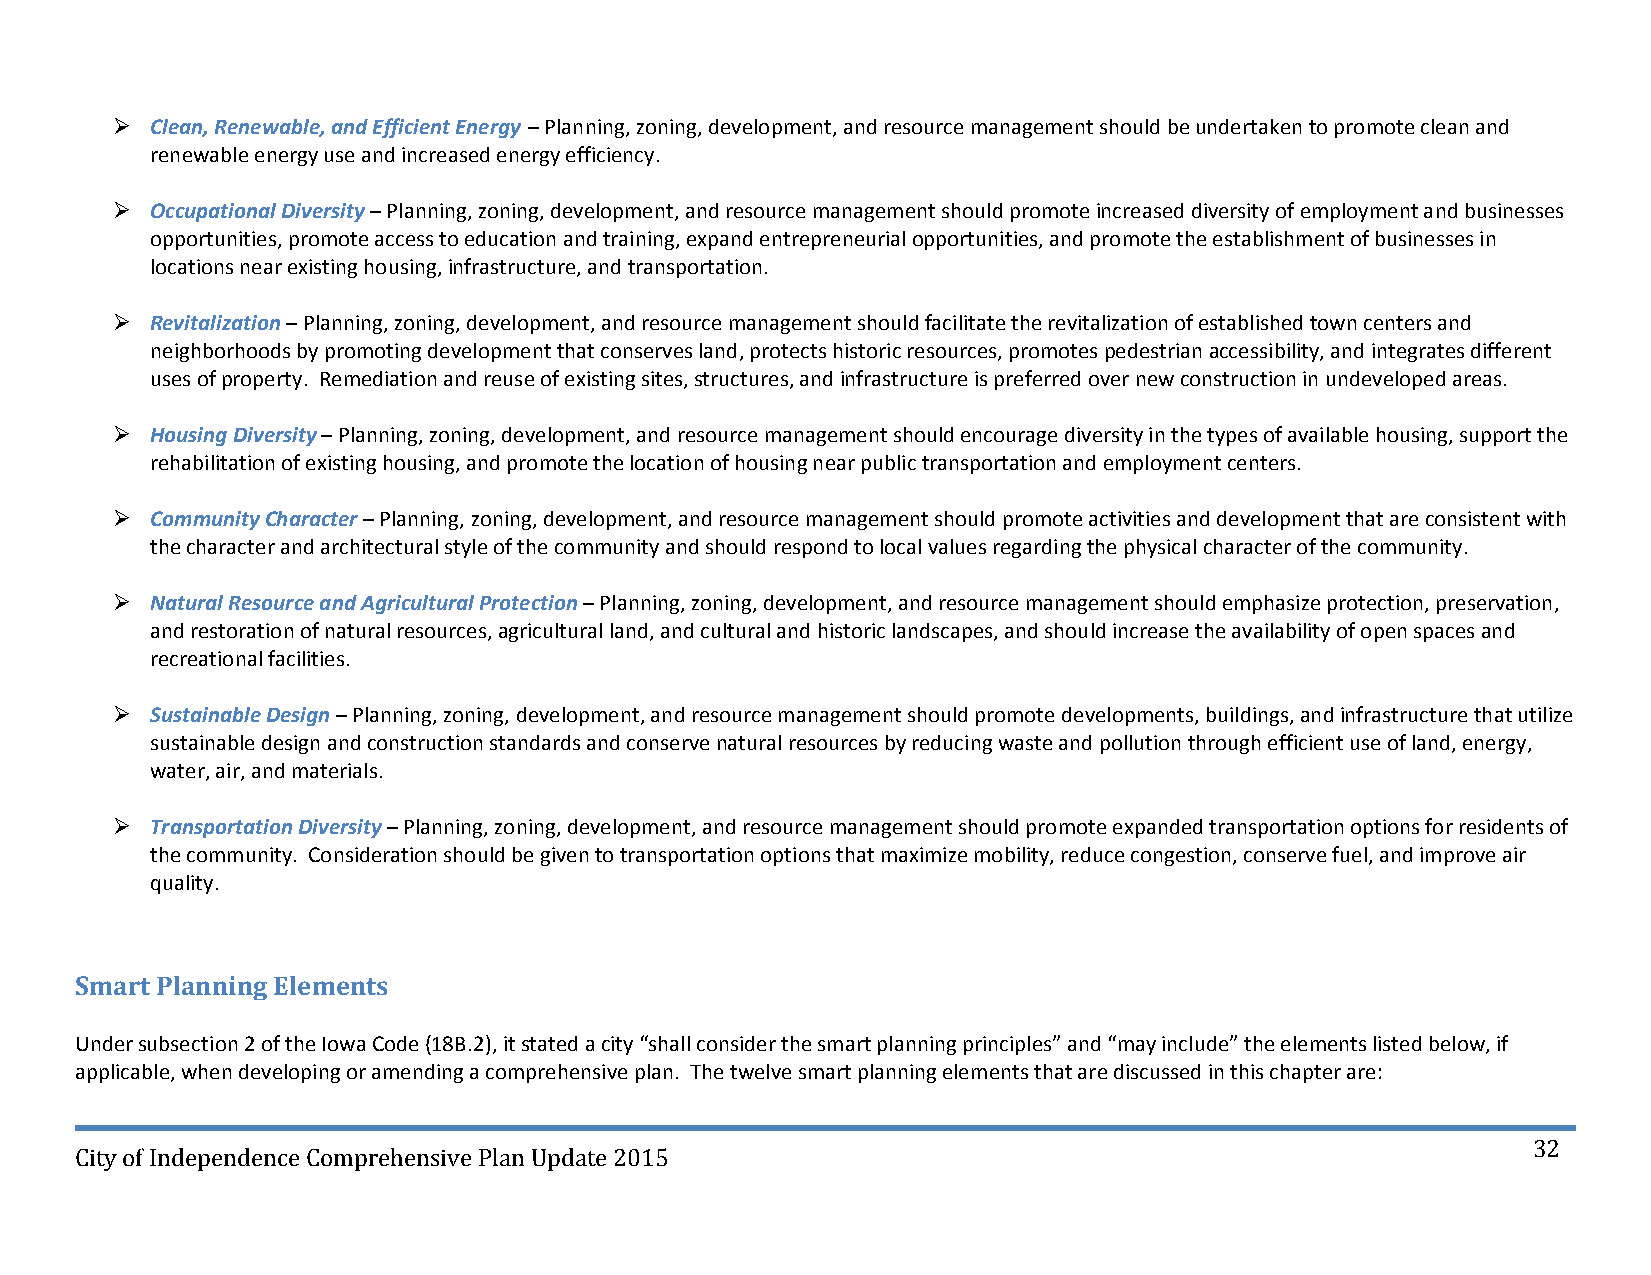
  Clean, Renewable, and Efficient Energy – Planning, zoning, development, and resource management should be undertaken to promote clean and
 renewable energy use and increased energy efficiency.
   Occupational Diversity – Planning, zoning, development, and resource management should promote increased diversity of employment and businesses
 opportunities, promote access to education and training, expand entrepreneurial opportunities, and promote the establishment of businesses in
 locations near existing housing, infrastructure, and transportation.
   Revitalization – Planning, zoning, development, and resource management should facilitate the revitalization of established town centers and
 neighborhoods by promoting development that conserves land, protects historic resources, promotes pedestrian accessibility, and integrates different
 uses of property. Remediation and reuse of existing sites, structures, and infrastructure is preferred over new construction in undeveloped areas.
   Housing Diversity – Planning, zoning, development, and resource management should encourage diversity in the types of available housing, support the
 rehabilitation of existing housing, and promote the location of housing near public transportation and employment centers.
   Community Character – Planning, zoning, development, and resource management should promote activities and development that are consistent with
 the character and architectural style of the community and should respond to local values regarding the physical character of the community.
   Natural Resource and Agricultural Protection – Planning, zoning, development, and resource management should emphasize protection, preservation,
 and restoration of natural resources, agricultural land, and cultural and historic landscapes, and should increase the availability of open spaces and
 recreational facilities.
   Sustainable Design – Planning, zoning, development, and resource management should promote developments, buildings, and infrastructure that utilize
 sustainable design and construction standards and conserve natural resources by reducing waste and pollution through efficient use of land, energy,
 water, air, and materials.
   Transportation Diversity – Planning, zoning, development, and resource management should promote expanded transportation options for residents of
 the community. Consideration should be given to transportation options that maximize mobility, reduce congestion, conserve fuel, and improve air
 quality.
 Smart Planning Elements
 Under subsection 2 of the Iowa Code (18B.2), it stated a city “shall consider the smart planning principles” and “may include” the elements listed below, if
 applicable, when developing or amending a comprehensive plan. The twelve smart planning elements that are discussed in this chapter are:
 32
 City of Independence Comprehensive Plan Update 2015